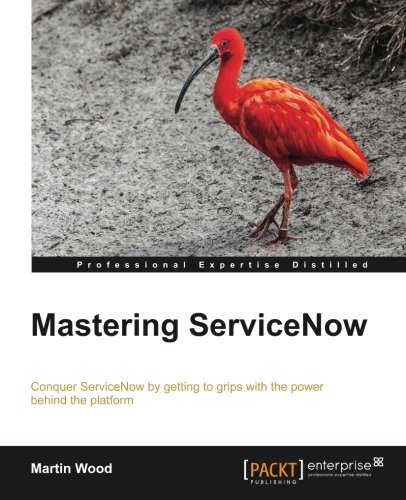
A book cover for Mastering ServiceNow Administration; Martin Wood; Computers & Technology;